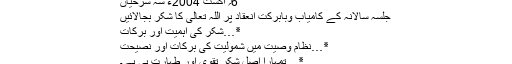
6؍ اگست 2004ء شہ سرخیاں
جلسہ سالانہ کے کامیاب وبابرکت انعقاد پر اللہ تعالیٰ کا شکر بجالائیں
٭…شکر کی اہمیت اور برکات
٭…نظام وصیت میں شمولیت کی برکات اور نصیحت
٭…تمہارا اصل شکر تقویٰ اور طہارت ہی ہے۔